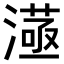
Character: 𣾛